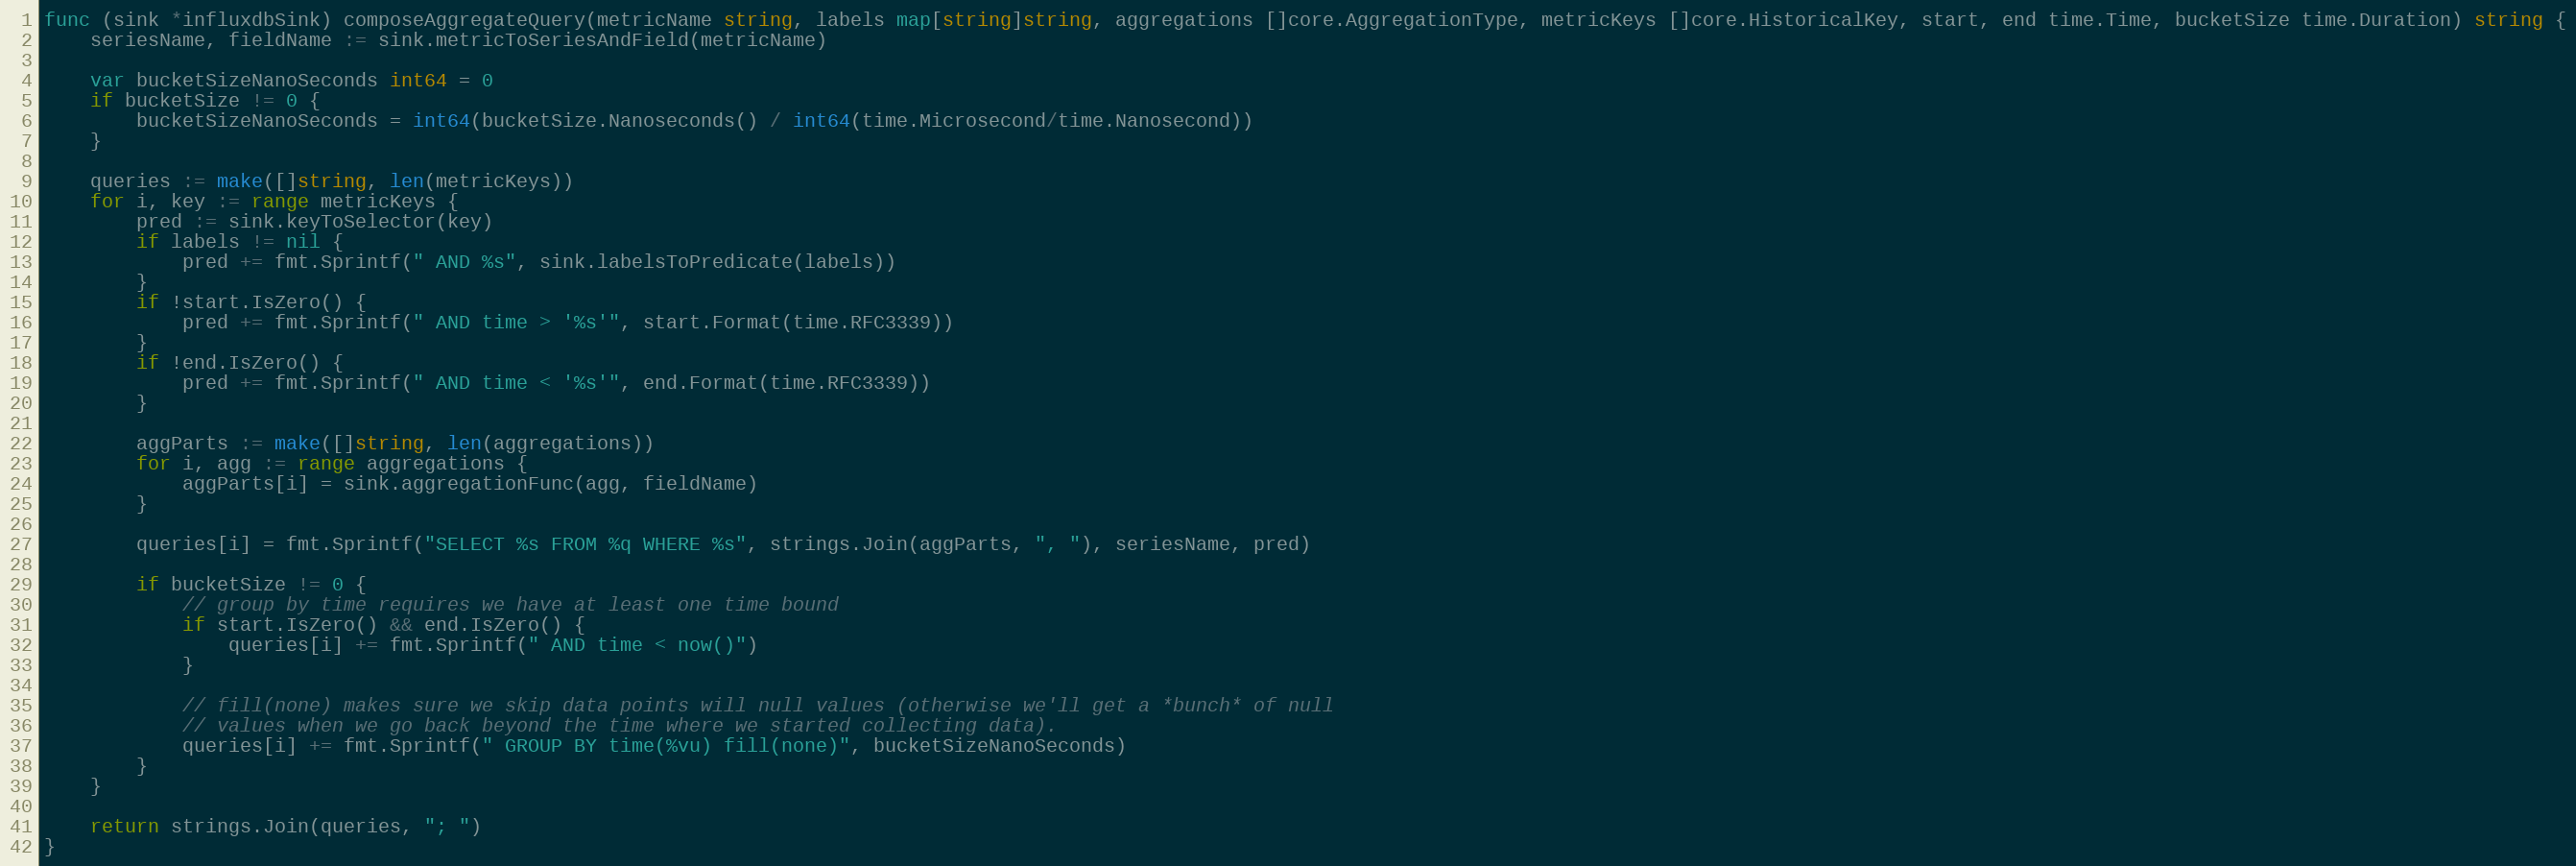
Language: Go
func (sink *influxdbSink) composeAggregateQuery(metricName string, labels map[string]string, aggregations []core.AggregationType, metricKeys []core.HistoricalKey, start, end time.Time, bucketSize time.Duration) string {
	seriesName, fieldName := sink.metricToSeriesAndField(metricName)

	var bucketSizeNanoSeconds int64 = 0
	if bucketSize != 0 {
		bucketSizeNanoSeconds = int64(bucketSize.Nanoseconds() / int64(time.Microsecond/time.Nanosecond))
	}

	queries := make([]string, len(metricKeys))
	for i, key := range metricKeys {
		pred := sink.keyToSelector(key)
		if labels != nil {
			pred += fmt.Sprintf(" AND %s", sink.labelsToPredicate(labels))
		}
		if !start.IsZero() {
			pred += fmt.Sprintf(" AND time > '%s'", start.Format(time.RFC3339))
		}
		if !end.IsZero() {
			pred += fmt.Sprintf(" AND time < '%s'", end.Format(time.RFC3339))
		}

		aggParts := make([]string, len(aggregations))
		for i, agg := range aggregations {
			aggParts[i] = sink.aggregationFunc(agg, fieldName)
		}

		queries[i] = fmt.Sprintf("SELECT %s FROM %q WHERE %s", strings.Join(aggParts, ", "), seriesName, pred)

		if bucketSize != 0 {
			// group by time requires we have at least one time bound
			if start.IsZero() && end.IsZero() {
				queries[i] += fmt.Sprintf(" AND time < now()")
			}

			// fill(none) makes sure we skip data points will null values (otherwise we'll get a *bunch* of null
			// values when we go back beyond the time where we started collecting data).
			queries[i] += fmt.Sprintf(" GROUP BY time(%vu) fill(none)", bucketSizeNanoSeconds)
		}
	}

	return strings.Join(queries, "; ")
}